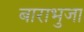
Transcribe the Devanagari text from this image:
बाराभुजा